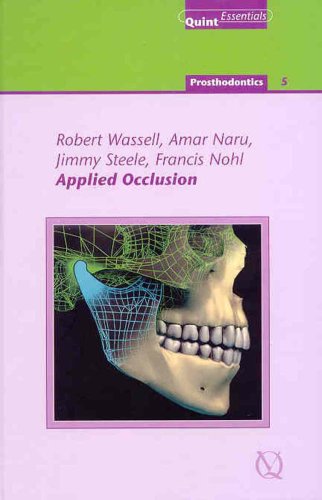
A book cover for Applied Occlusion (Quintessentials of Dental Practice - Prosthodontics-5); Robert Wassell; Medical Books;